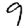
Digit: 9